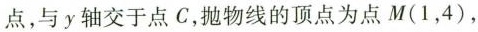
两点，与y轴交于点C，抛物线的顶点为点M(1，4)，